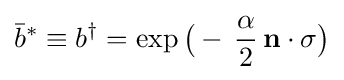
{\bar {b}}^{*}\equiv b^{\dagger }=\exp {\big (}-\,{\frac {\alpha }{2}}\,\mathbf {n} \cdot \mathbf {\sigma } {\big )}